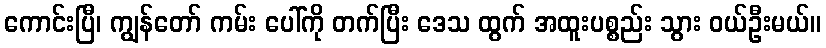
ကောင်းပြီ၊ ကျွန်တော် ကမ်း ပေါ်ကို တက်ပြီး ဒေသ ထွက် အထူးပစ္စည်း သွား ဝယ်ဦးမယ်။